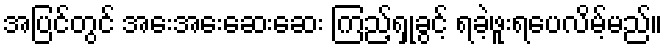
အပြင်တွင် အေးအေးဆေးဆေး ကြည့်ရှုခွင့် ရခဲ့ဖူးရပေလိမ့်မည်။